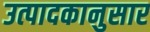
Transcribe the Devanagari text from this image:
उत्पादकानुसार